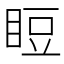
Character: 𥆖